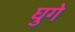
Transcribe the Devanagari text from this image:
घुगे